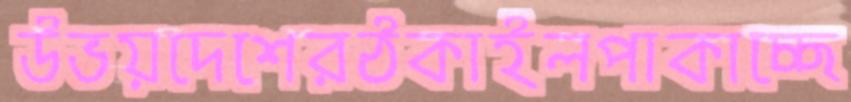
উভয়দেশেরঠকাইলপাকাচ্ছে